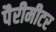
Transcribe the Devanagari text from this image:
पैरीमीटर